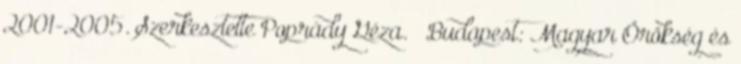
2001-2005. Szerkesztette Poprády Géza. – Budapest: Magyar Örökség és